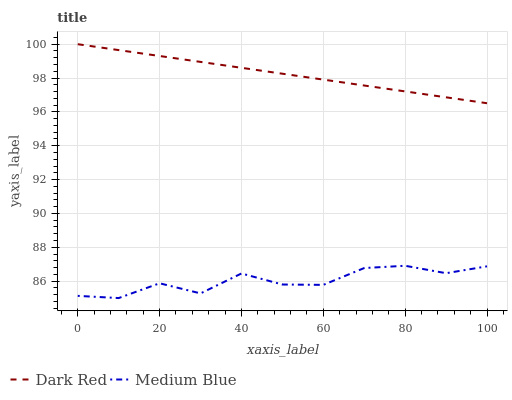
| xaxis_label | Dark Red | Medium Blue |
 | --- | --- | --- |
 | 0 | 100 | 85.1 |
 | 10 | 99.7 | 85 |
 | 20 | 99.3 | 85.9 |
 | 30 | 99 | 85.3 |
 | 40 | 98.6 | 86.5 |
 | 50 | 98.3 | 85.8 |
 | 60 | 97.9 | 85.8 |
 | 70 | 97.6 | 86.8 |
 | 80 | 97.2 | 86.9 |
 | 90 | 96.9 | 86.5 |
 | 100 | 96.5 | 86.9 |